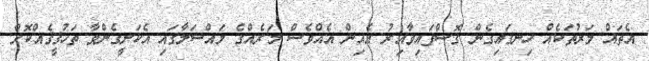
އެތައް މަރުތަކެއް ހިނގައިގެން ގޮސްފައިވާއިރު އެއިން އެއްވެސް މަރެއްގެ މައްސަލާގައި އެކަށީގެންވާ ތަހުޤީޤެއްކޮށް